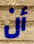
أن